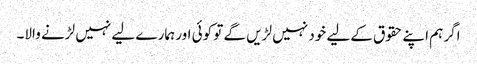
اگر ہم اپنے حقوق کےلیے خود نہیں لڑیں گے تو کوئی اور ہمارے لیے نہیں لڑنے والا۔